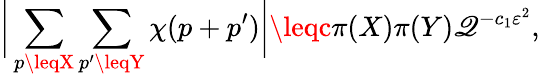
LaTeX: {\biggl|}\sum_{p\leqX}\sum_{p^{\prime}\leqY}\chi(p+p^{\prime}){\biggr|}\leqc\pi(X)\pi(Y)\mathscr{Q}^{-c_{1}\varepsilon^{2}},